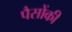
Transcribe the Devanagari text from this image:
पैसोंकी